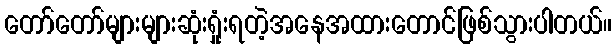
တော်တော်များများဆုံးရှုံးရတဲ့အနေအထားတောင်ဖြစ်သွားပါတယ်။